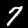
Digit: 7